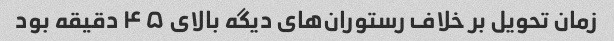
زمان تحویل بر خلاف رستوران‌های دیگه بالای ۴۵ دقیقه بود